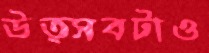
উত্সবটাও